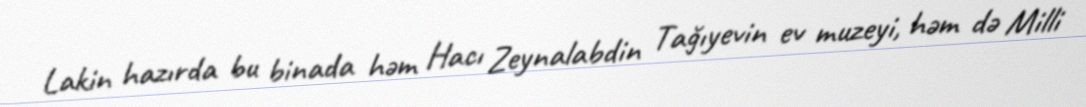
Lakin hazırda bu binada həm Hacı Zeynalabdin Tağıyevin ev muzeyi, həm də Milli